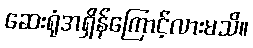
ဆေးရုံအရှိန်ကြောင့်လားမသိ။